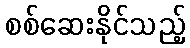
စစ်ဆေးနိုင်သည့်